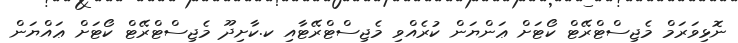
ނޮޅިވަރަމް މެޖިސްޓްރޭޓް ކޯޓަށް ޢަންޔަން ކުރެއްވި މެޖިސްޓްރޭޓާއި ކ.ކާށިދޫ މެޖިސްޓްރޭޓް ކޯޓަށް ޢައްޔަން